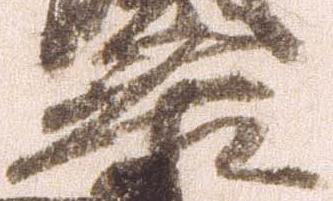
泰